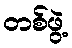
တစ်ဖွဲ့